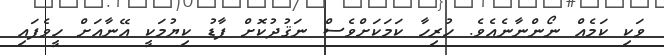
ވަކި ކަމެއް ނޯންނާނެއެވެ. ހުރިހާ ކަމަކަށްވެސް ނަޤުދުކޮށް ފާޑު ކިޔުމަކީ އޭނާއަށް ހީވެފައި